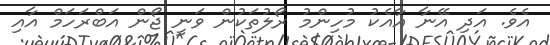
އެވެ. އަދި އޭނާ އާއެކު މުހިންމު ރޯލުތަކުން ވަނީ ޖޯން އަބްރަހަމް އާއި